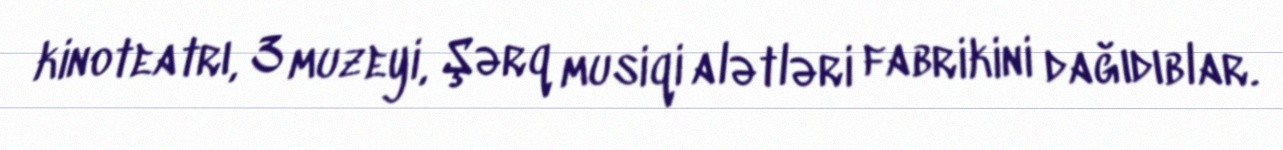
kinoteatrı, 3 muzeyi, Şərq musiqi alətləri fabrikini dağıdıblar.